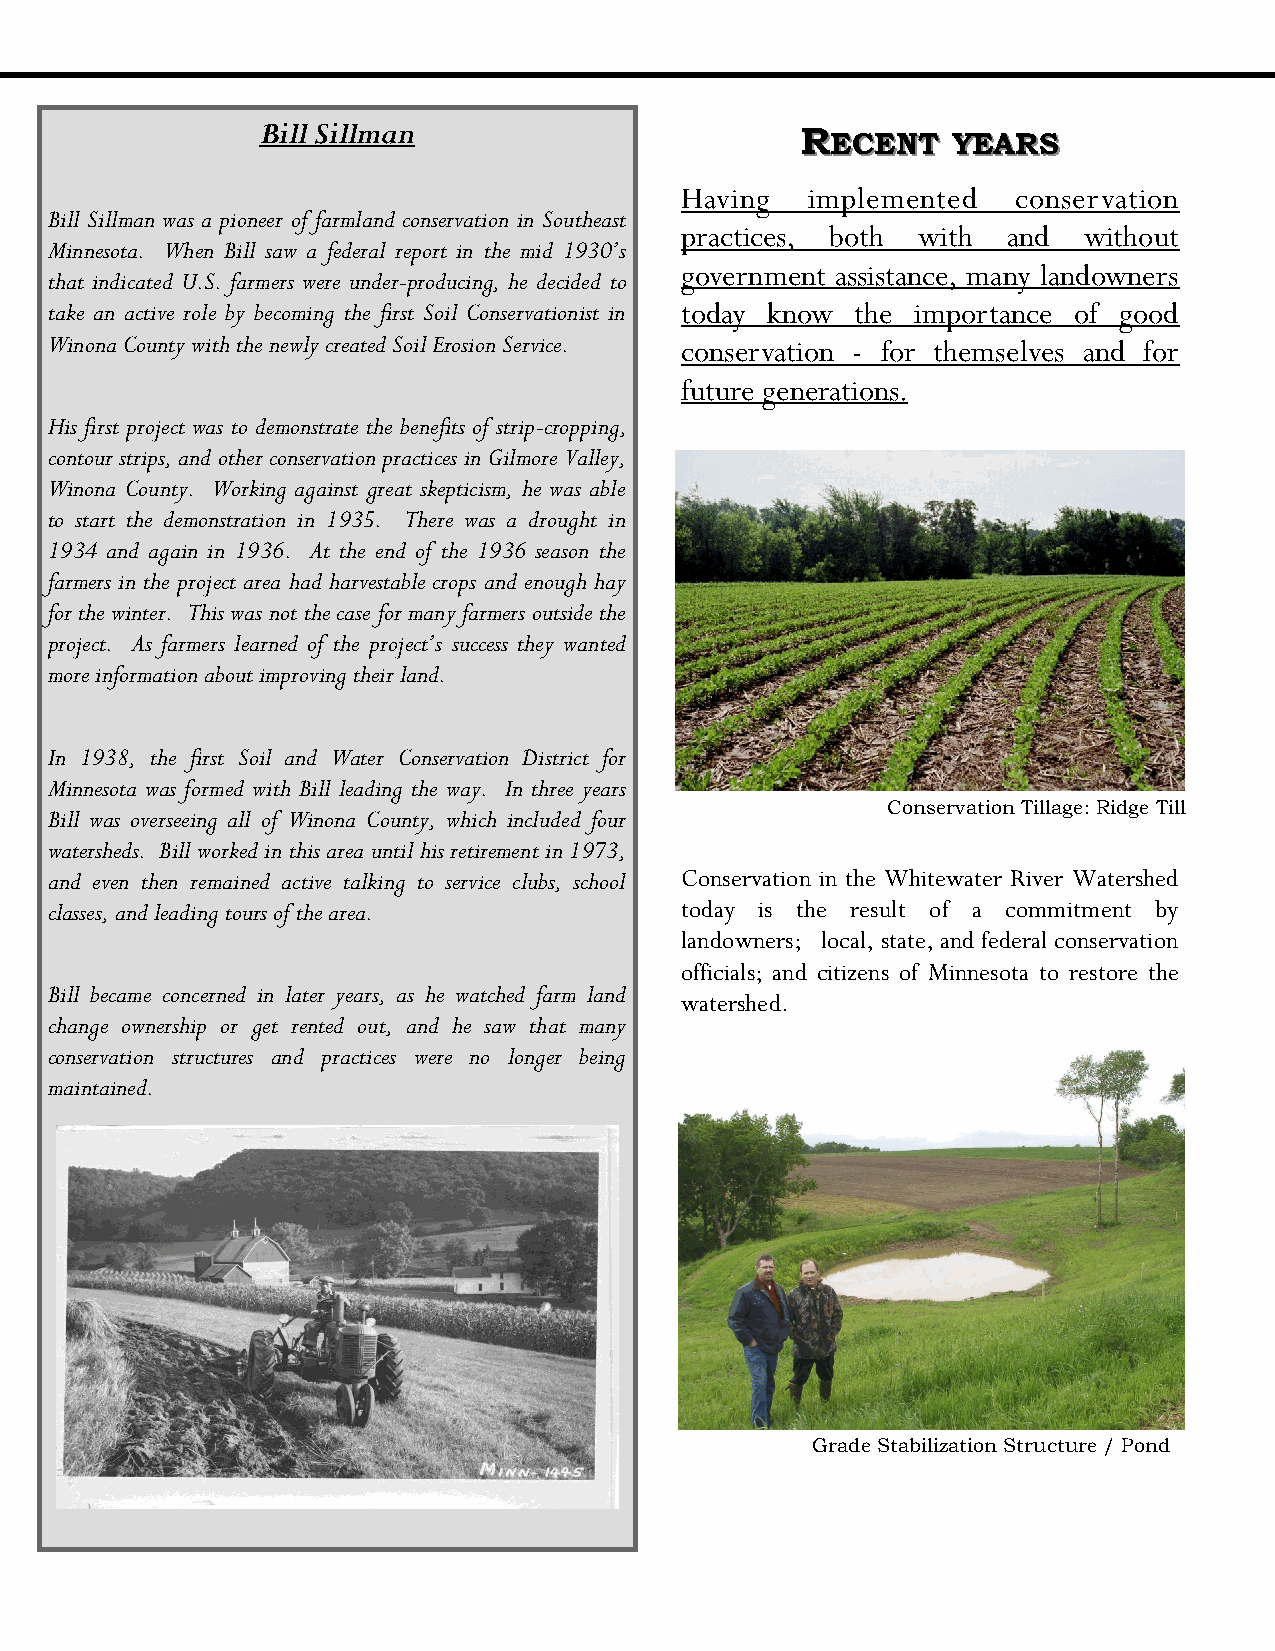
Bill Sillman                        RREECCEENNTT YYEEAARRSS
 Having  implemented   conservation
 Bill Sillman was a pioneer of farmland conservation in Southeast
 practices, both with  and  without
 Minnesota. When Bill saw a federal report in the mid 1930’s
 government assistance, many landowners
 that indicated U.S. farmers were under-producing, he decided to
 take an active role by becoming the first Soil Conservationist in today know the importance of good
 Winona County with the newly created Soil Erosion Service. conservation - for themselves and for
 future generations.
 His first project was to demonstrate the benefits of strip-cropping,
 contour strips, and other conservation practices in Gilmore Valley,
 Winona County. Working against great skepticism, he was able
 to start the demonstration in 1935. There was a drought in
 1934 and again in 1936. At the end of the 1936 season the
 farmers in the project area had harvestable crops and enough hay
 for the winter. This was not the case for many farmers outside the
 project. As farmers learned of the project’s success they wanted
 more information about improving their land.
 In 1938, the first Soil and Water Conservation District for
 Minnesota was formed with Bill leading the way. In three years
 Bill was overseeing all of Winona County, which included four
 Conservation Tillage: Ridge Till
 watersheds. Bill worked in this area until his retirement in 1973,
 and even then remained active talking to service clubs, school Conservation in the Whitewater River Watershed
 classes, and leading tours of the area.   today is the result of a commitment by
 landowners; local, state, and federal conservation
 officials; and citizens of Minnesota to restore the
 Bill became concerned in later years, as he watched farm land
 watershed.
 change ownership or get rented out, and he saw that many
 conservation structures and practices were no longer being
 maintained.
 Grade Stabilization Structure / Pond